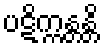
ပဋိက္ကန္တန္တိ